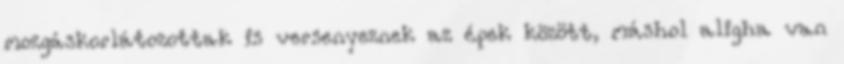
mozgáskorlátozottak is versenyeznek az épek között, máshol aligha van